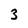
Character: 3